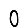
Digit: 0